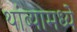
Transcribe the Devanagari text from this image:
थांब्यामध्ये